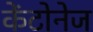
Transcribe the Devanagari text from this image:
केंटोनेज